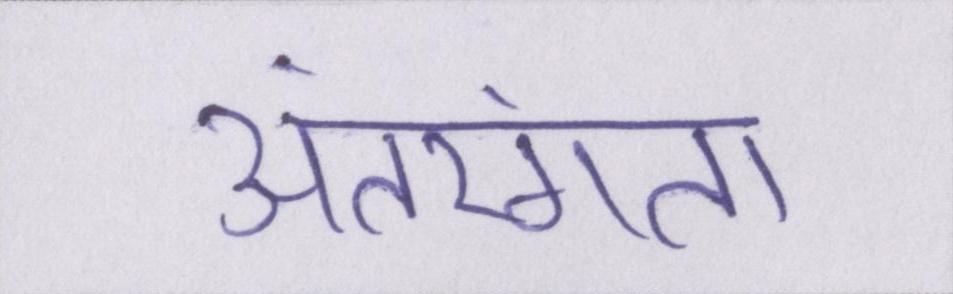
अंतरंगता